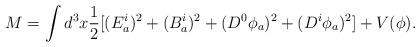
LaTeX: \begin{align*}M = \int d^3 x \frac {1}{2} [ (E_a^{i})^2+ (B_a^{i})^2+ (D^0\phi_a)^2+(D^{i} \phi_a)^2] + V(\phi).\end{align*}